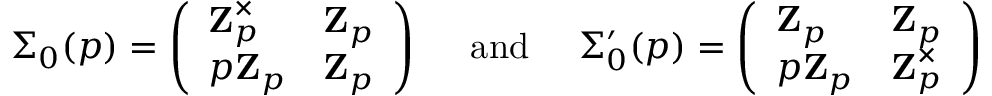
\Sigma _ { 0 } ( p ) = \left( \begin{array} { l l } { \mathbf { Z } _ { p } ^ { \times } } & { \mathbf { Z } _ { p } } \\ { p \mathbf { Z } _ { p } } & { \mathbf { Z } _ { p } } \end{array} \right) \quad \mathrm { ~ a n d ~ } \quad \Sigma _ { 0 } ^ { \prime } ( p ) = \left( \begin{array} { l l } { \mathbf { Z } _ { p } } & { \mathbf { Z } _ { p } } \\ { p \mathbf { Z } _ { p } } & { \mathbf { Z } _ { p } ^ { \times } } \end{array} \right)